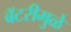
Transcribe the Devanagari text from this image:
बॅटरीमुळे